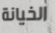
الخيانة